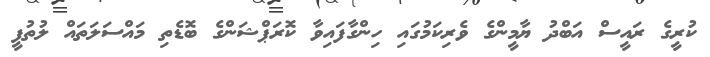
ކުރީގެ ރައީސް އަބްދު ޔާމީންގެ ވެރިކަމުގައި ހިންގާފައިވާ ކޮރަޕްޝަންގެ ބޮޑެތި މައްސަލަތައް ލުތުފީ